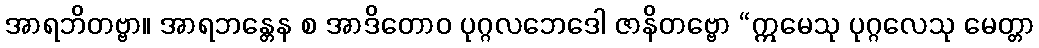
အာရဘိတဗ္ဗာ။ အာရဘန္တေန စ အာဒိတောဝ ပုဂ္ဂလဘေဒေါ ဇာနိတဗ္ဗော “ဣမေသု ပုဂ္ဂလေသု မေတ္တာ